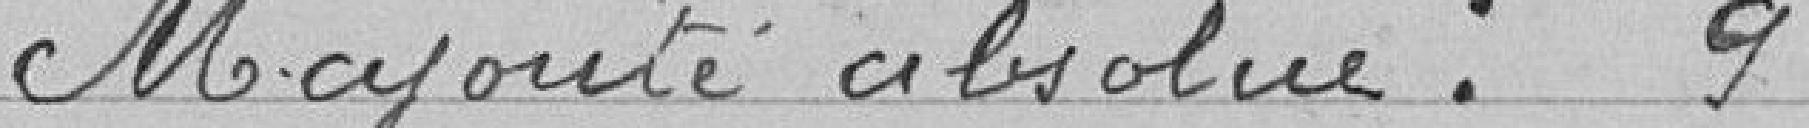
Majorité absolue : 9